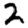
Digit: 2